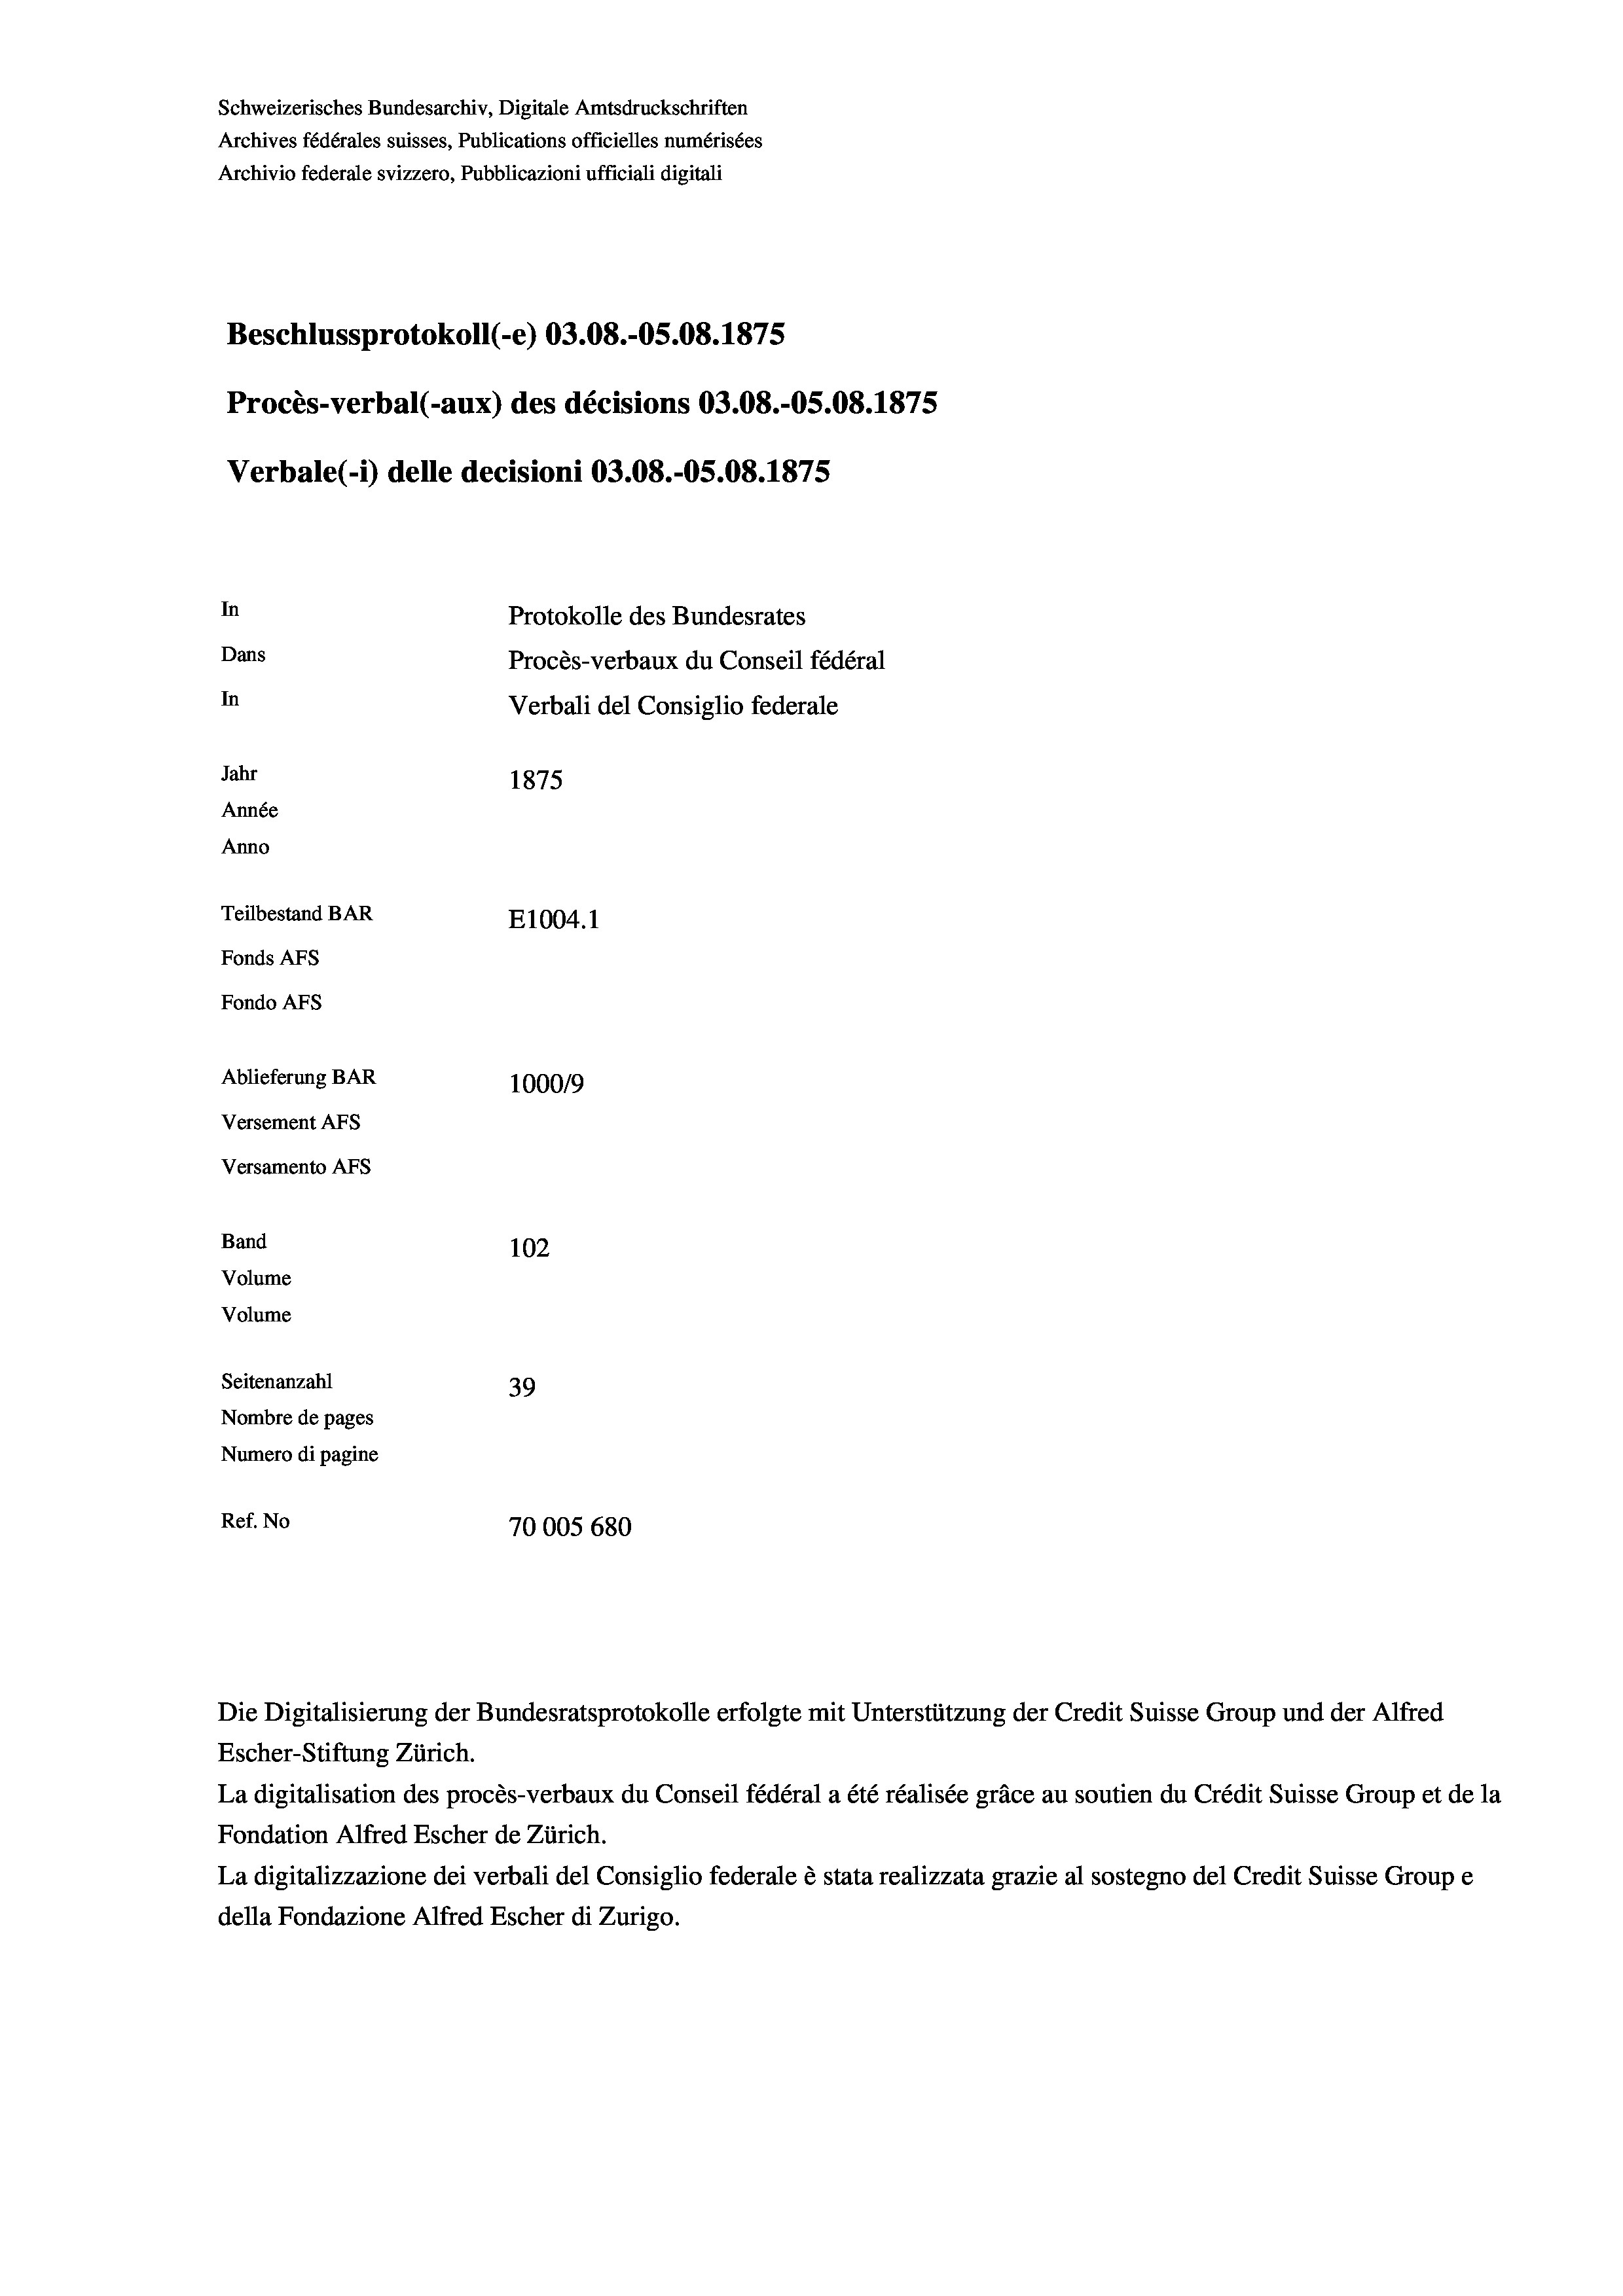
Schweizerisches Bundesarchiv, Digitale Amtsdruckschriften
Archives fédérales suisses, Publications officielles numérisées
Archivio federale svizzero, Pubblicazioni ufficiali digitali
Beschlussprotokoll (-e) 03.08.-05.08. 1875
Procès-verbal (-aux) des décisions 03.08.-OS.08. 1875
Verbale (1) delle decisioni 03.08.-05.08. 1875
In
Protokolle des Bundesrates
Dans
Procès-verbaux du Conseil fédéral
In
Verbali del Consiglio federale
Jahr
1875
Année
Anno
Teilbestand BAR
E1004. 1
Fonds AFs
Fondo Afs
Ablieferung BAR
100019
Versement AFs
Versamento Afs
Band
102
Volume
Volume
Seitenanzahl
39
Nombre de pages
Numero di pagine
Ref. No
70005 680

Die Digitalisierung der Bundesratsprotokolle erfolgte mit Unterstützung der Credit Suisse Group und der Alfred

Escher-Stiftung Zürich.
La digitalisation des procès-verbaux du Conseil fédéral a été réalisée gräce au soutien du Crédit Suisse Group et de la
Fondation Alfred Escher de Zürich.
La digitalizzazione dei verbali del Consiglio federale è stata realizzata grazie al sostegno del Credit Suisse Groupe
della Fondazione Alfred Escher di Zurigo.